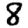
Digit: 8